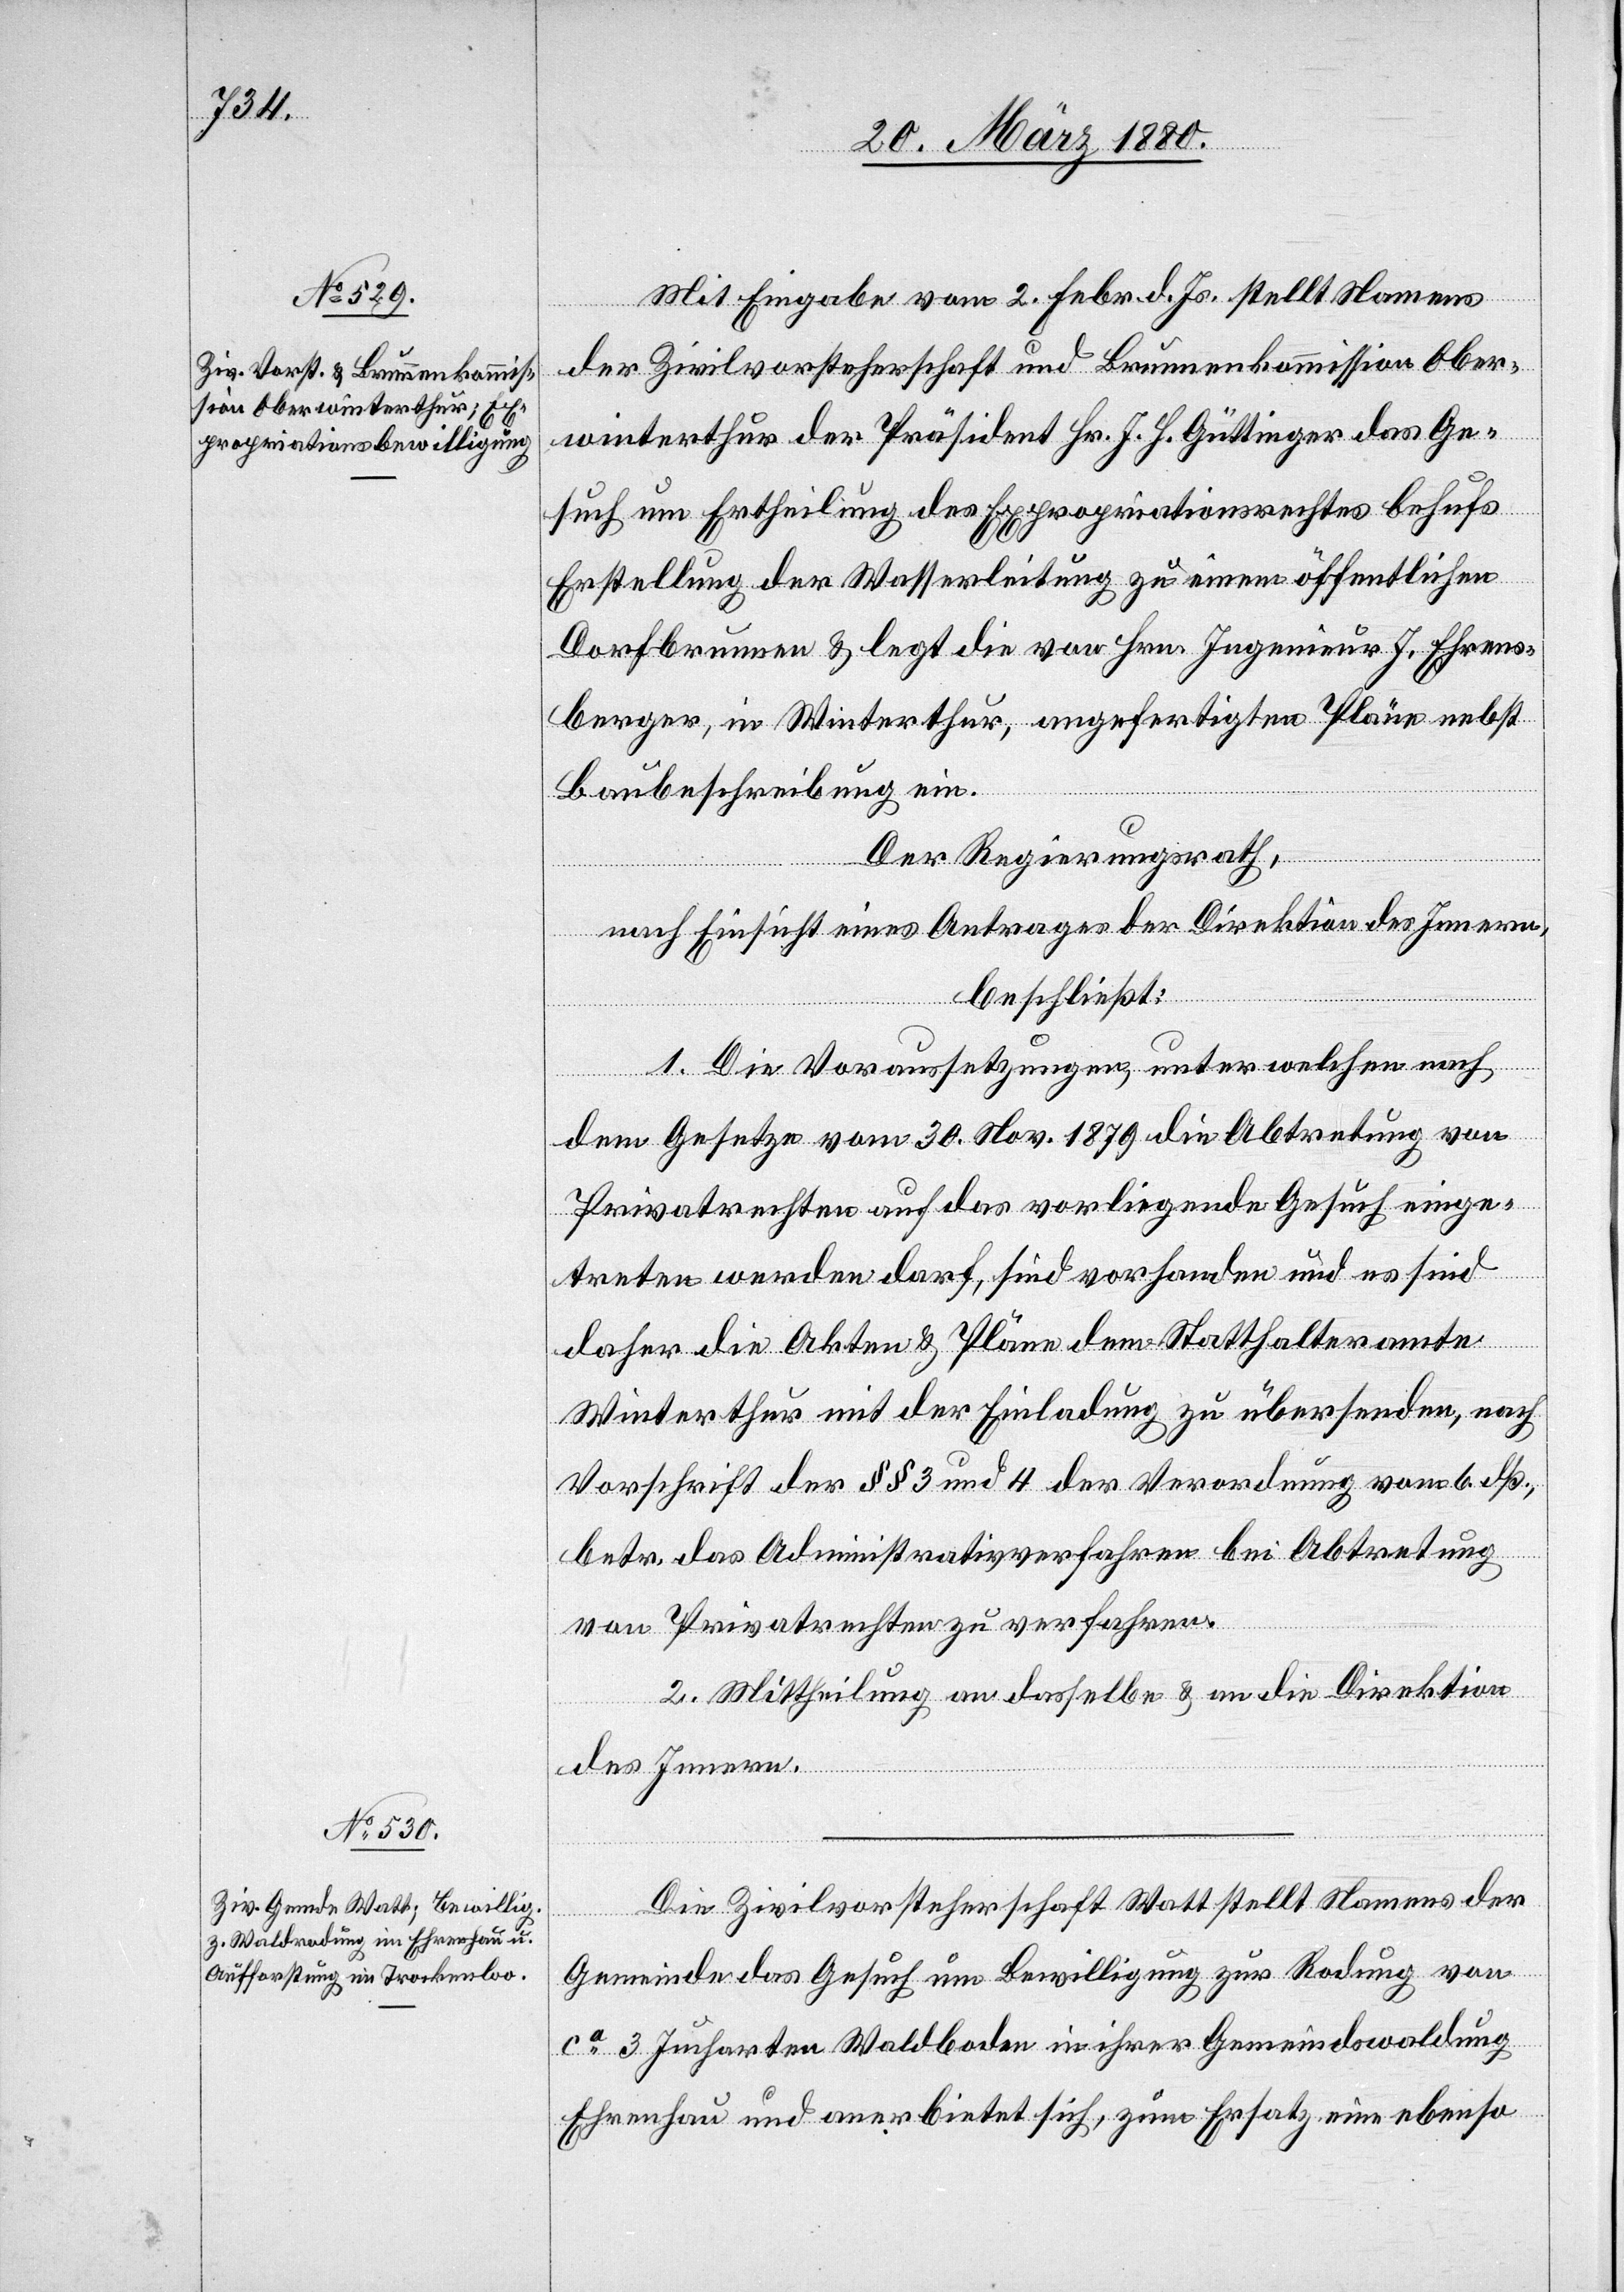
Mit Eingabe vom 2. Febr. d. Js. stellt Namens
der Zivilvorsteherschaft und Brunnenkommission Ober¬
winterthur der Präsident Hr. J. H. Güttinger das Ge¬
such um Ertheilung des Expropriationsrechtes behufs
Erstellung der Wasserleitung zu einem öffentlichen
Dorfbrunnen & legt die von Hrn. Ingenieur J. Ehrens¬
berger, in Winterthur, angefertigten Pläne nebst
Baubeschreibung ein.
Der Regierungsrath,
nach Einsicht eines Antrages der Direktion des Innern,
beschließt:
1. Die Voraussetzungen, unter welchen nach
dem Gesetze vom 30. Nov. 1879 die Abtretung von
Privatrechten auf das vorliegende Gesuch einge¬
treten werden darf, sind vorhanden und es sind
daher die Akten & Pläne dem Statthalteramte
Winterthur mit der Einladung zu übersenden, nach
Vorschrift der §§ 3 und 4 der Verordnung vom 6. dß.,
betr. das Administrativverfahren bei Abtretung
von Privatrechten zu verfahren.
2. Mittheilung an dasselbe & an die Direktion
des Innern.
Die Zivilvorsteherschaft Watt stellt Namens der
Gemeinde das Gesuch um Bewilligung zur Rodung von
ca 3 Jucharten Waldboden in ihrer Gemeindswaldung
Ehrenhau und anerbietet sich, zum Ersatz eine ebenso